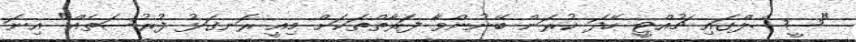
"ސީޝެލްގައި ޗުއްޓީ ހޭދަ ކުރަން ބޭނުންވާ ފަރާތްތަކަށް މިއީ ރަނގަޅު ފުރުސަތެއް" އިނަ